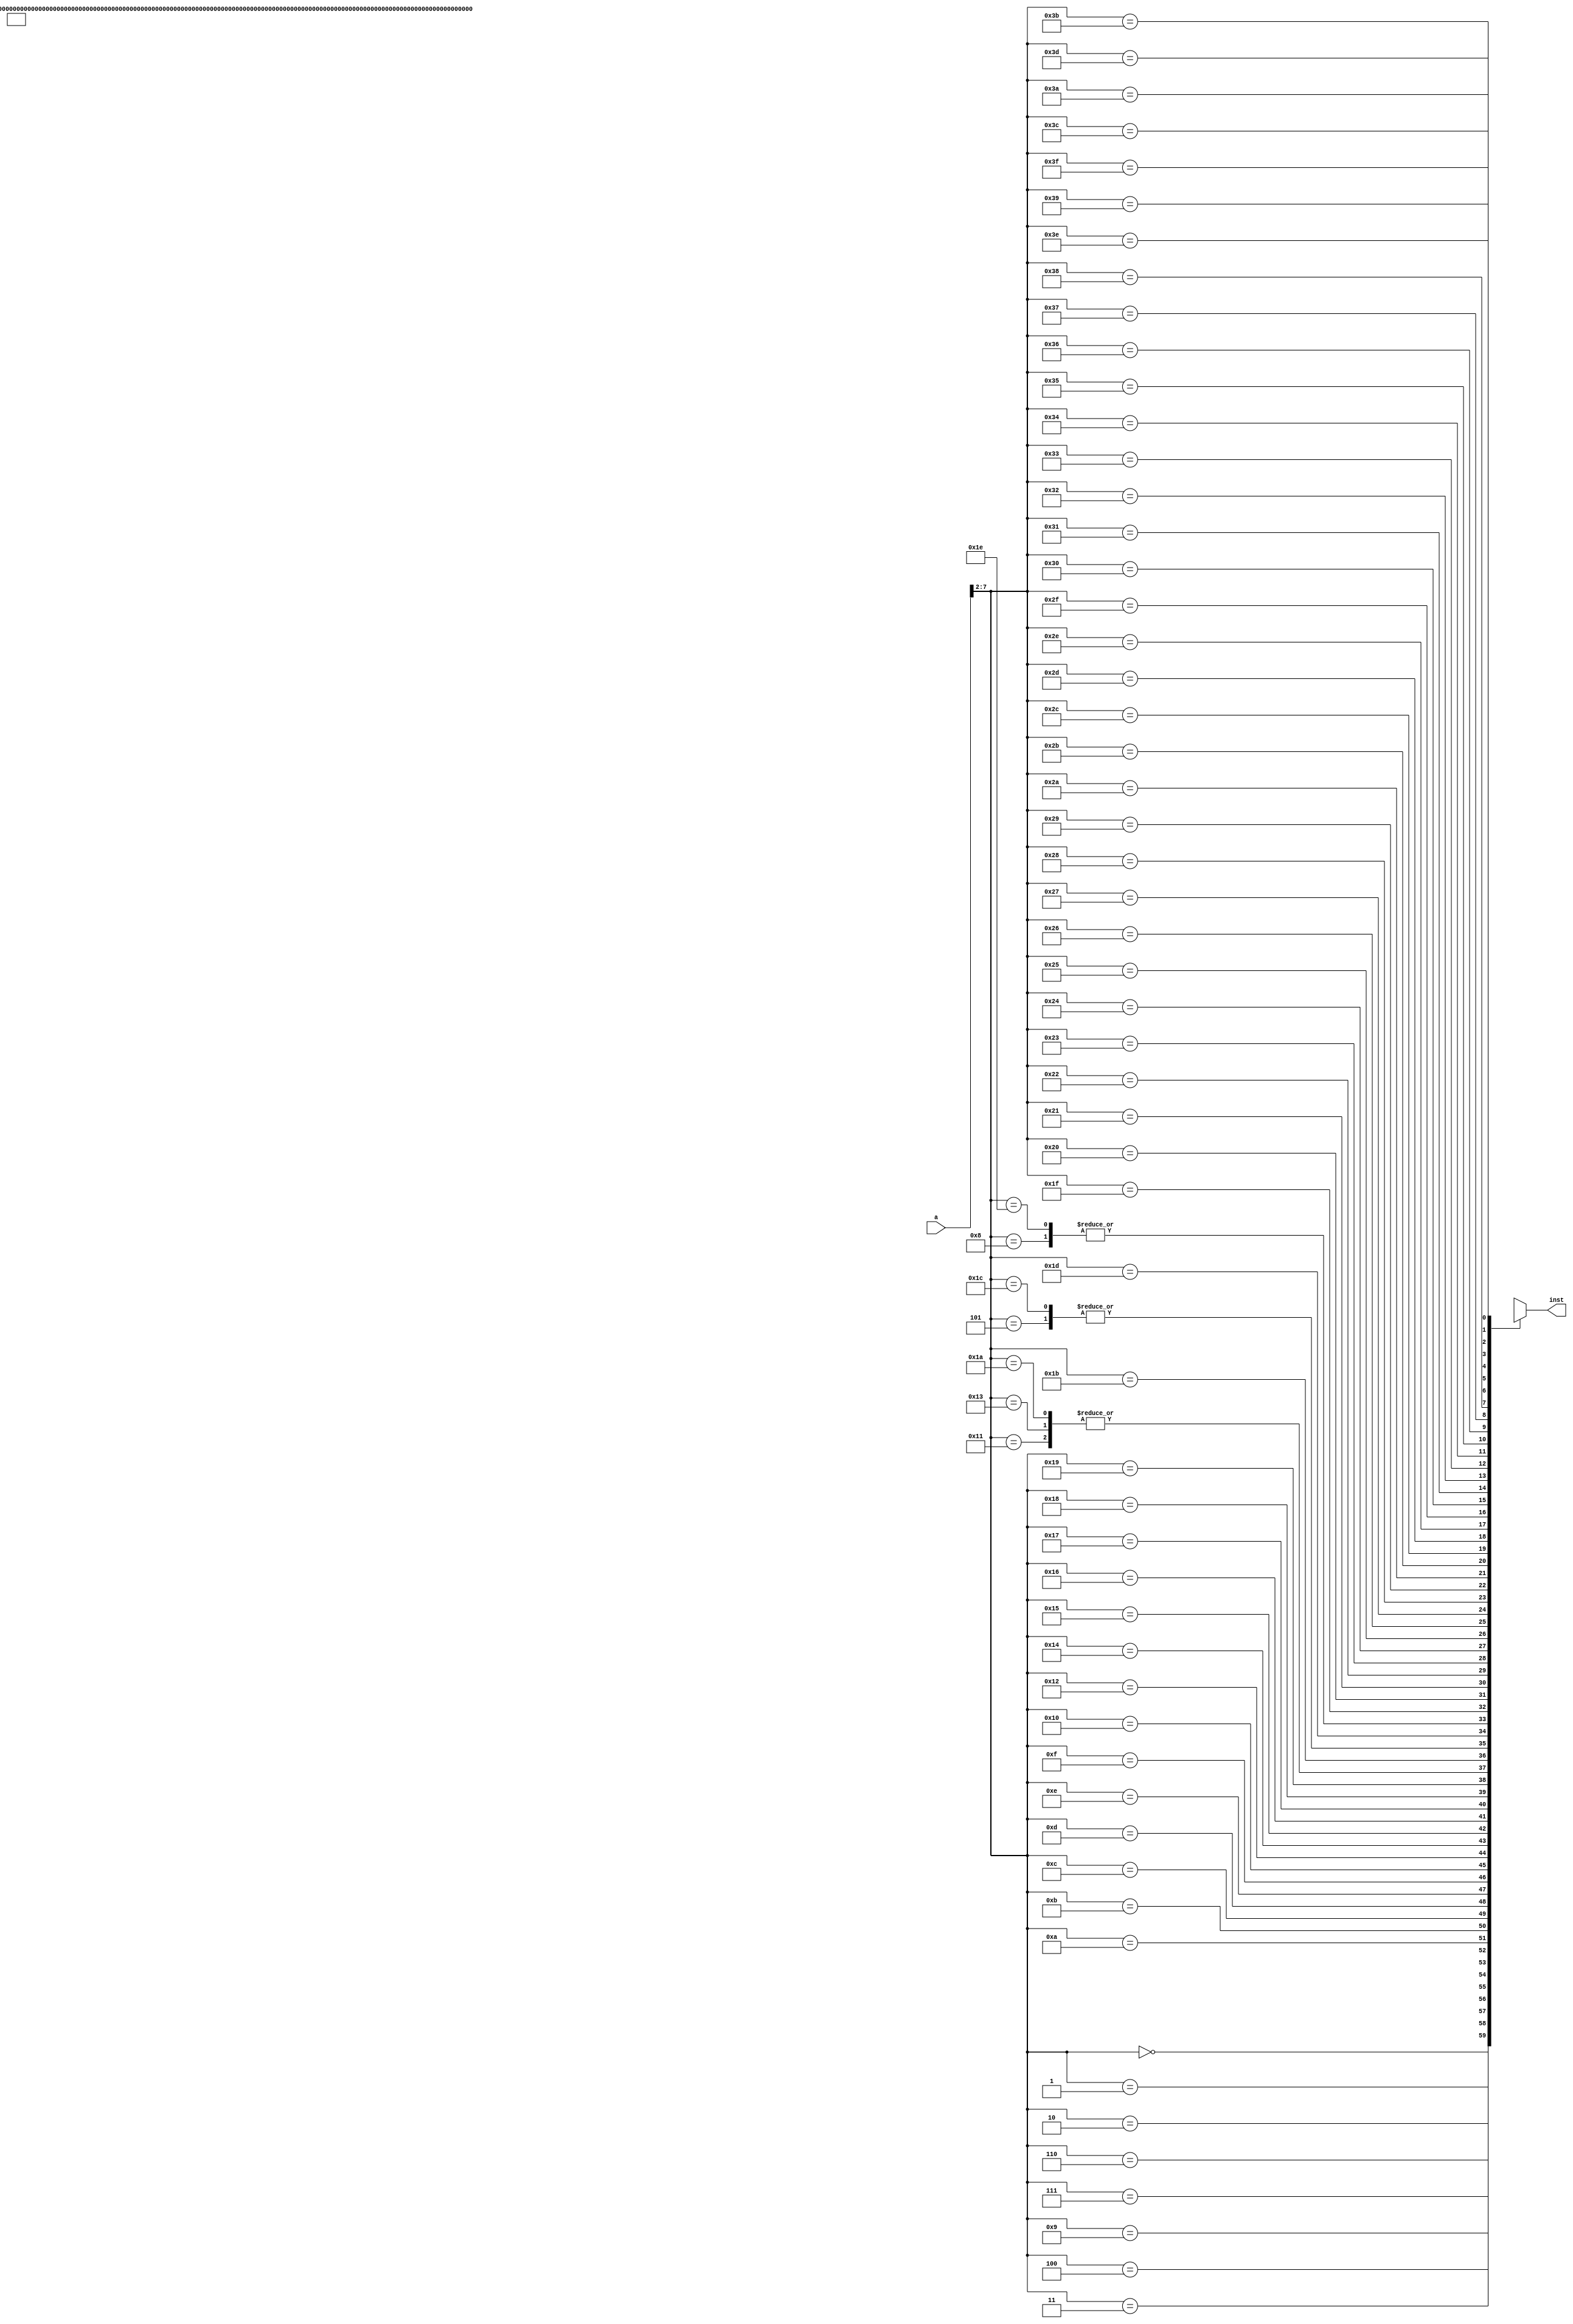
module pipeimem (a, inst);
    input [31:0] a;
    output [31:0] inst;
    wire [31:0] rom [0:63];

    assign rom[6'h00] = 32'h3c010000;
    assign rom[6'h01] = 32'h34240050;
    assign rom[6'h02] = 32'h0c00001b;  // (08) call:
    assign rom[6'h03] = 32'h20050004;  // (0c) dslot1: addi $5, $0,  4
    assign rom[6'h04] = 32'hac820000;  // (10) return: sw   $2, 0($4)
    assign rom[6'h05] = 32'h8c890000;  // (14)
    assign rom[6'h06] = 32'h01244022;  // (18)
    assign rom[6'h07] = 32'h20050003;  // (1c)
    assign rom[6'h08] = 32'h20a5ffff;
    assign rom[6'h09] = 32'h34a8ffff;
    assign rom[6'h0a] = 32'h39085555;
    assign rom[6'h0b] = 32'h2009ffff;
    assign rom[6'h0c] = 32'h312affff;
    assign rom[6'h0d] = 32'h01493025;
    assign rom[6'h0e] = 32'h01494026;
    assign rom[6'h0f] = 32'h01463824;
    assign rom[6'h10] = 32'h10a00003; // (40) beq $5, $0, shift 
    assign rom[6'h11] = 32'h00000000; // (44) dslot2: nop
    assign rom[6'h12] = 32'h08000008; // (48) j loop2
    assign rom[6'h13] = 32'h00000000; // (4c) dslot3: nop
    assign rom[6'h14] = 32'h2005ffff;
    assign rom[6'h15] = 32'h000543c0;
    assign rom[6'h16] = 32'h00084400;
    assign rom[6'h17] = 32'h00084403;  // (5c)
    assign rom[6'h18] = 32'h000843c2;  // (60)
    assign rom[6'h19] = 32'h08000019;  // (64) finish: j    finish
    assign rom[6'h1a] = 32'h00000000;  // (68) dslot4: nop
    assign rom[6'h1b] = 32'h00004020;  // (6c) sum:    add  $8, $0, $0
    assign rom[6'h1c] = 32'h8c890000;  // (70) loop:   lw   $9, 0($4)
    assign rom[6'h1d] = 32'h01094020;
    assign rom[6'h1e] = 32'h20a5ffff;
    assign rom[6'h1f] = 32'h14a0fffc;
    assign rom[6'h20] = 32'h20840004;
    assign rom[6'h21] = 32'h03e00008;
    assign rom[6'h22] = 32'h00081000;
    assign inst = rom[a[7:2]];
endmodule